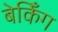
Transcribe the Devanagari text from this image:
बेकिँग